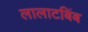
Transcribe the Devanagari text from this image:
लालाटबिंब